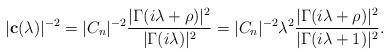
LaTeX: \begin{align*} |\mathbf{c}(\lambda)|^{-2} = |C_n|^{-2} \frac{|\Gamma(i\lambda +\rho)|^2}{|\Gamma(i\lambda)|^2} = |C_n|^{-2} \lambda^2 \frac{|\Gamma(i\lambda +\rho)|^2}{|\Gamma(i\lambda+1)|^2}.\end{align*}